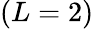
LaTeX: (L=2)